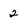
Character: 2